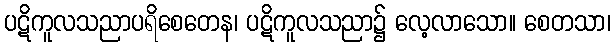
ပဋိကူလသညာပရိစေတေန၊ ပဋိကူလသညာ၌ လေ့လာသော။ စေတသာ၊